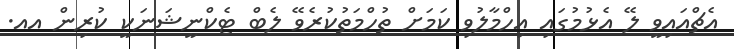
އެޗްއައިވީ ލޭ އެޅުމުގައި އިހްމާލުވި ކަމަށް ތުހްމަތުކުރެވޭ ލެބް ޓެކްނީޝަނަކީ ކުރިން އއ.